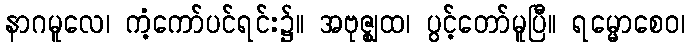
နာဂမူလေ၊ ကံ့ကော်ပင်ရင်း၌။ အဗုဇ္ဈထ၊ ပွင့်တော်မူပြီ။ ရမ္မောစေဝ၊